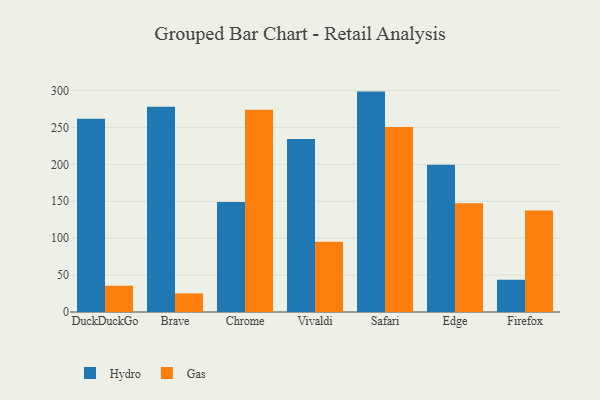
{"axis": {"x": "Browser", "y": "Bounce Rate (%)"}, "legend": ["Gas", "Hydro"], "data": [{"x": "DuckDuckGo", "y": 261.7, "type": "Hydro"}, {"x": "DuckDuckGo", "y": 35.6, "type": "Gas"}, {"x": "Brave", "y": 278.0, "type": "Hydro"}, {"x": "Brave", "y": 25.2, "type": "Gas"}, {"x": "Chrome", "y": 148.9, "type": "Hydro"}, {"x": "Chrome", "y": 273.8, "type": "Gas"}, {"x": "Vivaldi", "y": 234.4, "type": "Hydro"}, {"x": "Vivaldi", "y": 95.1, "type": "Gas"}, {"x": "Safari", "y": 298.5, "type": "Hydro"}, {"x": "Safari", "y": 250.6, "type": "Gas"}, {"x": "Edge", "y": 199.5, "type": "Hydro"}, {"x": "Edge", "y": 147.3, "type": "Gas"}, {"x": "Firefox", "y": 43.7, "type": "Hydro"}, {"x": "Firefox", "y": 137.6, "type": "Gas"}]}